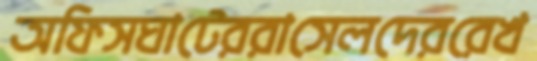
অফিসঘাটেররাসেলদেররেখ